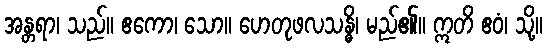
အန္တရာ၊ သည်။ ဧကော၊ သော။ ဟေတုဖလသန္ဓိ၊ မည်၏။ ဣတိ ဧဝံ၊ သို့။